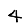
Digit: 4